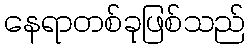
နေရာတစ်ခုဖြစ်သည်